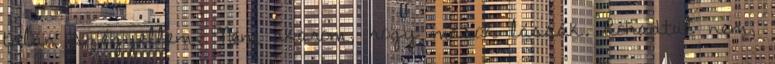
talán szégyellem. Nem akarom, hogy mások lássák. Rohadtul nem,